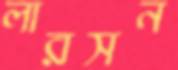
লারসন